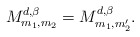
\begin{align*}M_{m_{1},m_{2}}^{ d,\beta}=M_{m_{1},m_{2}'}^{ d,\beta}.\end{align*}